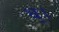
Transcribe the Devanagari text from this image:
ध्।